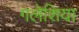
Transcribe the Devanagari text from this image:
गलेशिया